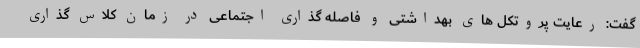
گفت: رعایت پروتکل های بهداشتی و فاصله گذاری اجتماعی در زمان کلاس گذاری